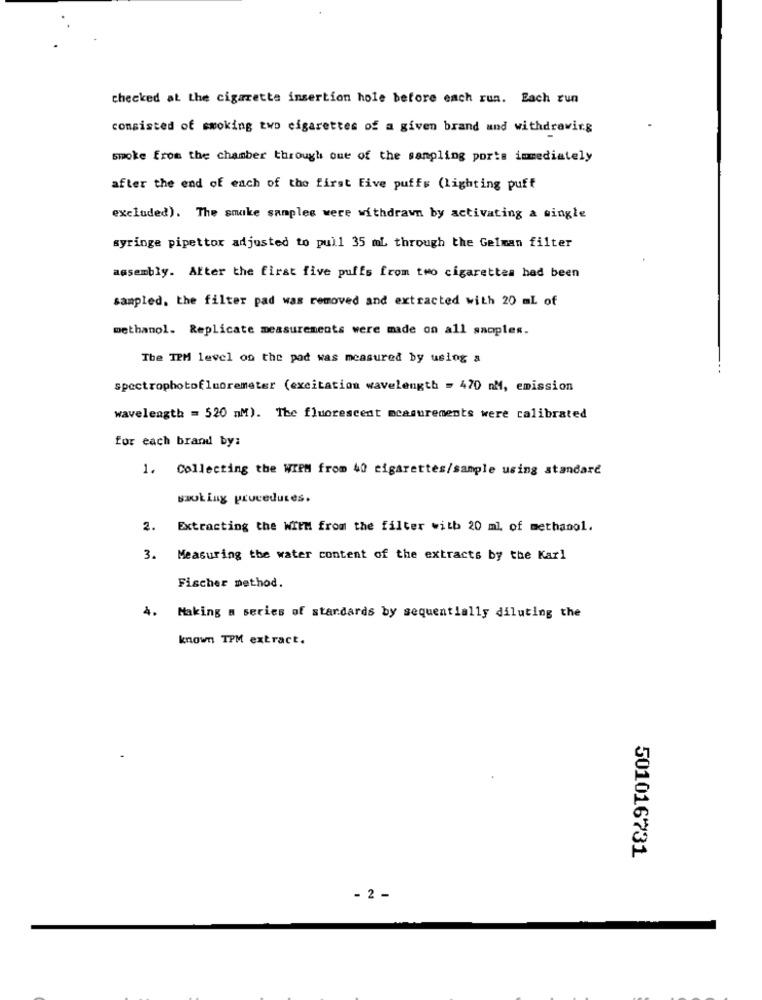
checked at the cigarette insertion hole before each run. Each run
consisted of smoking two cigarettes of a given brand and withdrawing
smoke from the chamber through out of the sampling ports immediately
after the end of each of the first Five puffs (lighting puff
excluded). The smake samples were withdrawn by activating a single
syringe pipettor adjusted to pull 35 mL through the Gelman filter
assembly. After the first five puffs from two cigarettes had been
sampled. the filter pad was removed and extracted with 20 ml of
methanol. Replicate measurements were made on all samples.
The TEM level on the pad was measured by using a
spectrophotofluoremeter (excitation wavelength = 470 nM, emission
wavelength = 520 mM). The fluorescent measurements were calibrated
for each brand by:
1. Collecting the WIEM from 40 cigarettes/sample using standard
swoLing procedures.
2. Extracting the WIEM from the filter with 20 ml, of methanol.
3. Measuring the water content of the extracts by the Karl
Fischer method.
4. Making a series of standards by sequentially diluting the
known TPM extract.
501016731
- 2 -